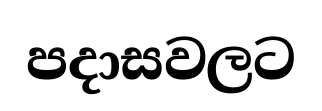
පදාසවලට